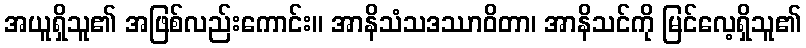
အယူရှိသူ၏ အဖြစ်လည်းကောင်း။ အာနိသံသဒဿာဝိတာ၊ အာနိသင်ကို မြင်လေ့ရှိသူ၏